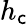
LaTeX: h_{\mathsf{c}}